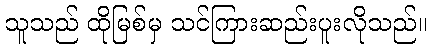
သူသည် ထိုမြစ်မှ သင်ကြားဆည်းပူးလိုသည်။